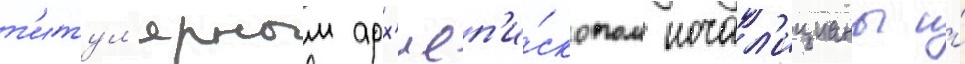
т'итул'ярным арх'иеп'и́скопом ночал'ицианы и́